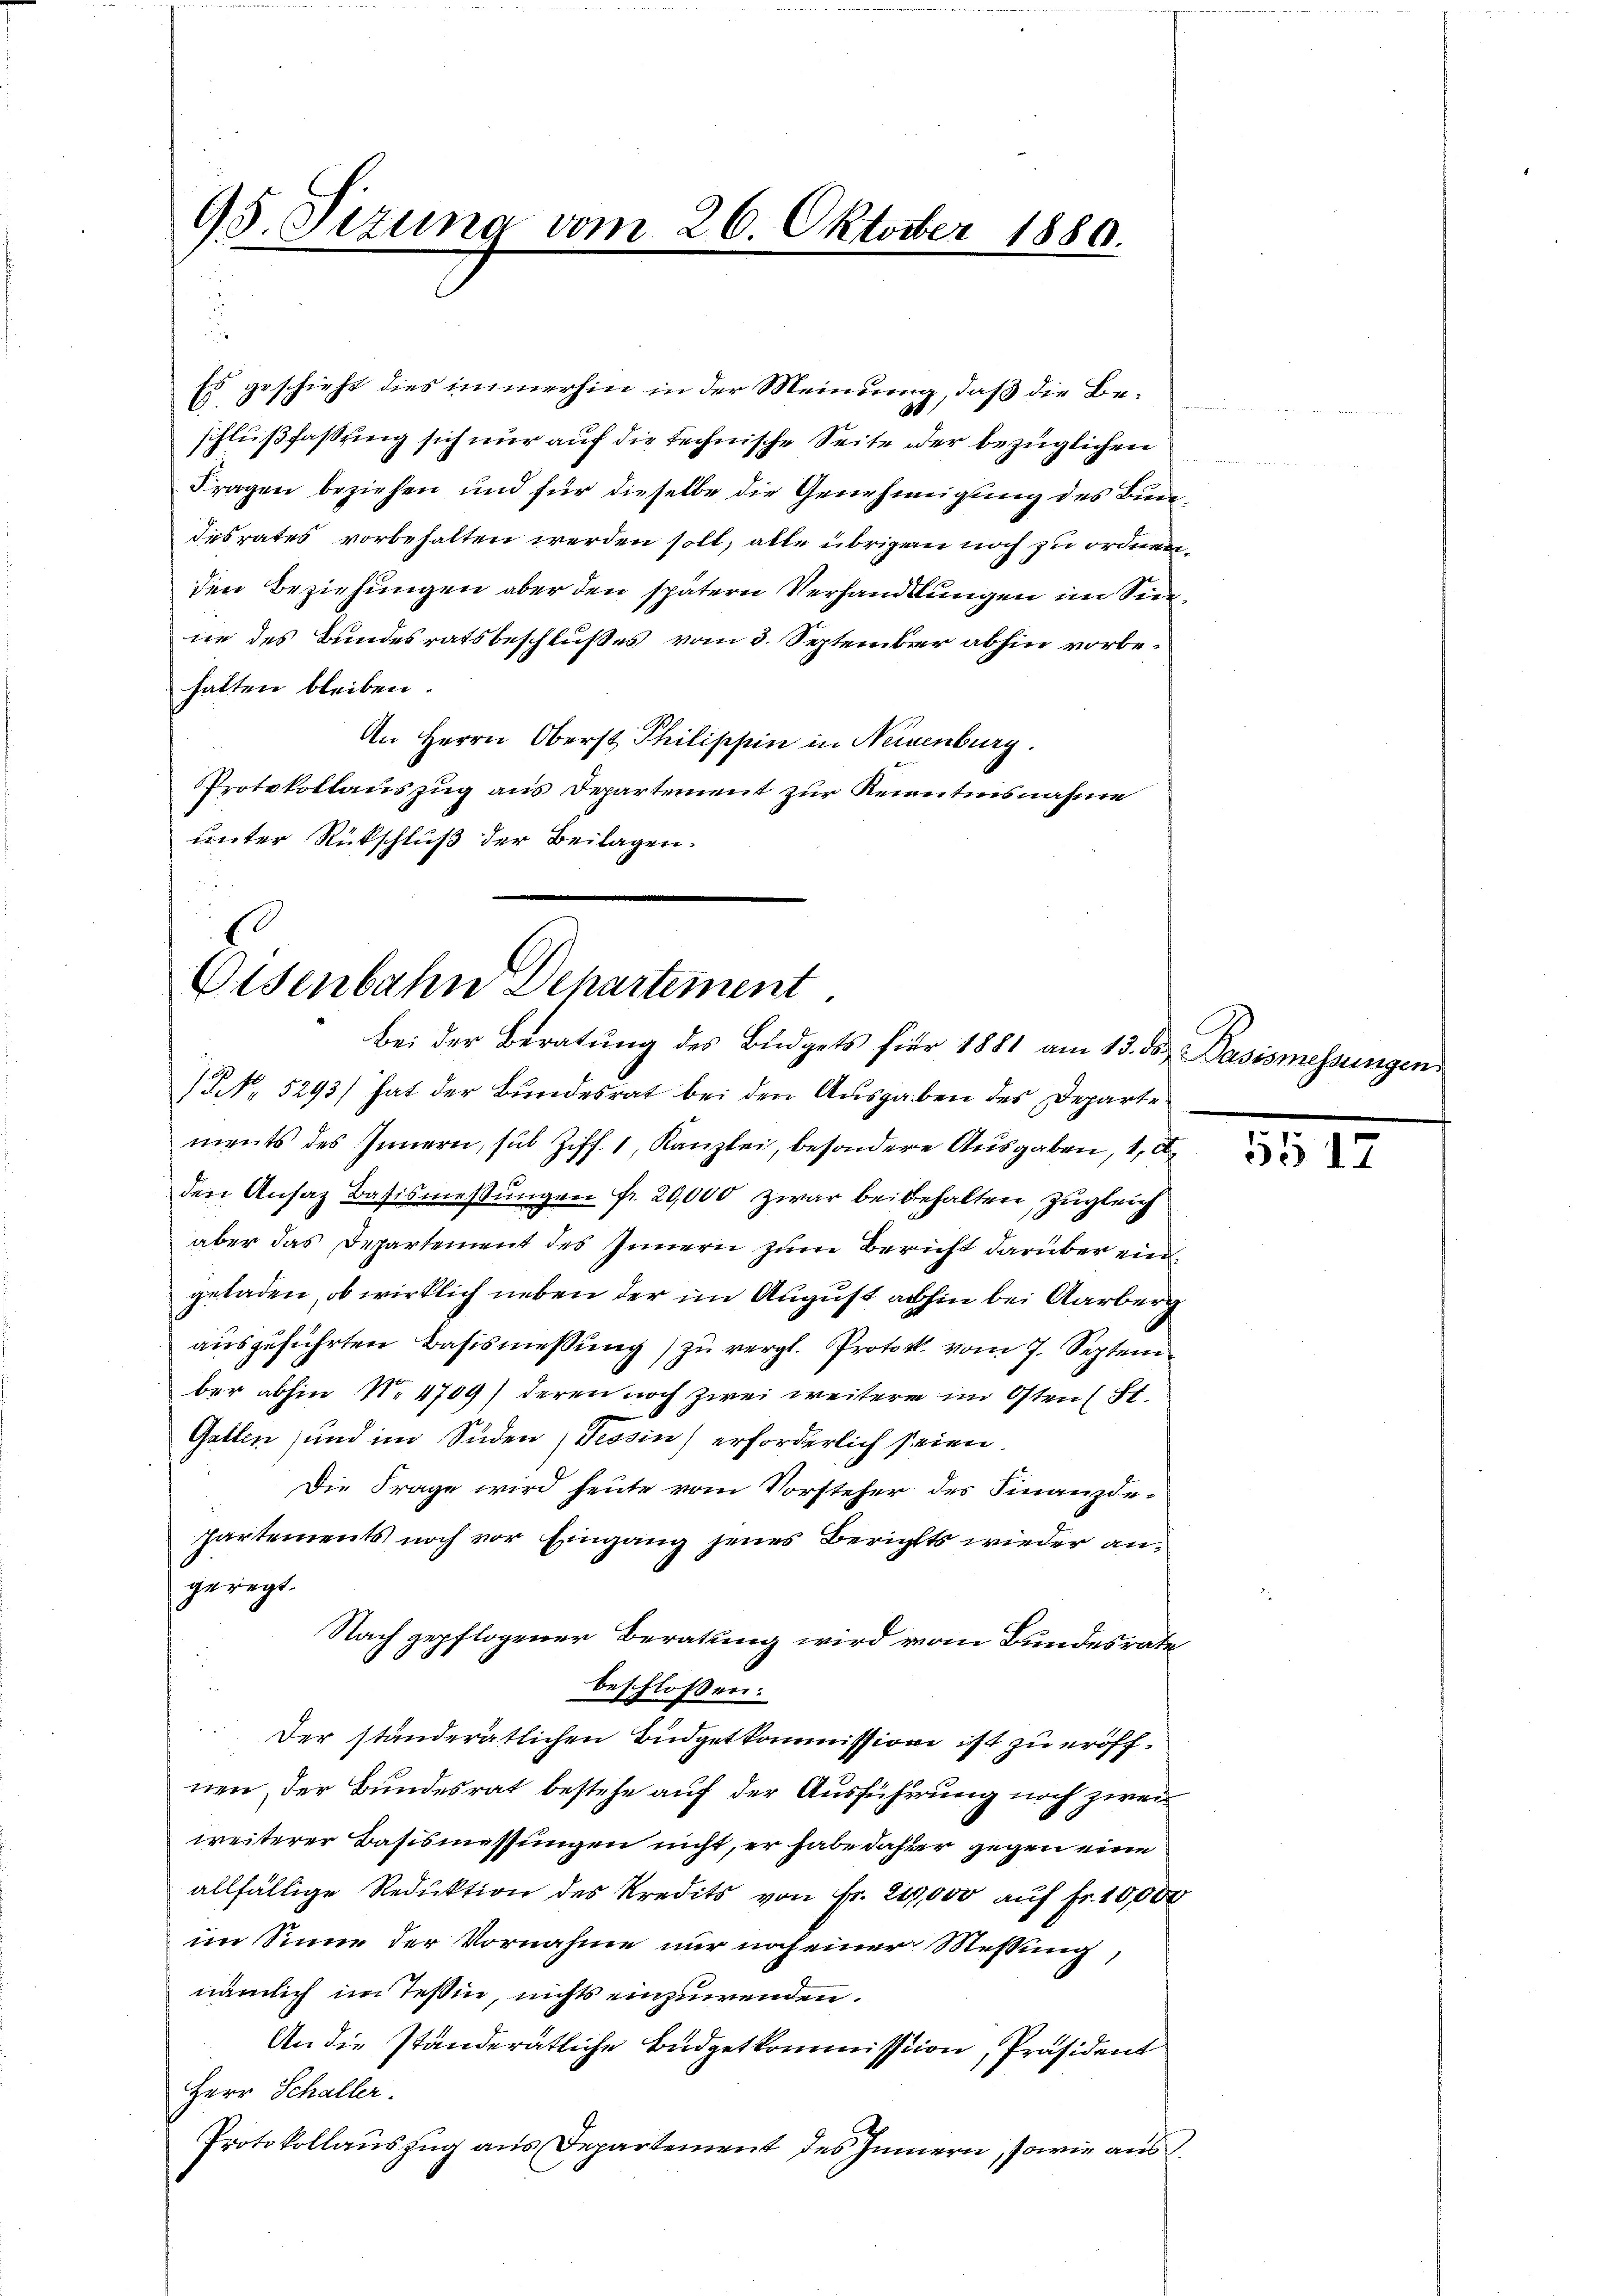
95. Pezuna vom 26. Oktober 1880.

Es geschieht dies immerhin in der Meinung, daß die Beschlußfassung sich nur auf die technische Seite oder bezüglichen
Fragen beziehen und für dieselbe die Genehmigung des Bundesrates vorbehalten werden soll; alle übrigen noch zu ordnen
den Beziehungen aber den spätern Verhandlungen im Sinne des Bundesratsbeschlußes vom 3. September abhin vorbehalten bleiben.
An Herrn Oberst Philippin in Neinenburg.
Protokollauszug aus Departement zur Renntnisnahme
unter Rückschluß der Beilagen.

Eisenbahn Departement
Bei der Beratung des Büdgets für 1881 am 15. ds Basismessungen

NNo. 5293/ hat der Bundesrat bei den Ausgaben des Departe
ments des Innern, sub Ziff. 1, Kanzlei, besondere Ausgaben, 1, d
den Ansaz Basismessungen fr. 20,000 zwar beibehalten, zugleich
aber das Departement des Innern zum Bericht darüber eingeladen, ob wirklich neben der im August abhin bei Aarberg
ausgeführten Basismessung) zu vergl. Protok. vom 7. Septem
ber abhin No 4709) deren noch zwei weitere im Osten St.
Gatten, und im Süden, Tessin) erforderlich seien.
Die Frage wird heute vom Vorsteher des Finanzdehartements noch vor Eingang jenes Berichts wieder angeregt.
Nach gepflogener Beratung wird vom Bundesrate
beschlossen:
Der ständerätlichen Büdgetkommission ist zu eröffnen, der Bundesrat bestehe auf der Ausführung noch zweiweiterer Basismessungen nicht, er habe dahier gegen eine
allfällige Reduktion des Kredits von Fr. 219,000 auf Fr. 10,000
im Sinne der Vornahme nur noch einer Messung,
nämlich im Teßin, nichts einzuwenden.
An die ständerätliche Büdgetkommission, Präsident
Herr Schaller.
Protokollauszug aus Departement des Innern, sowie aus

5512